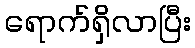
ရောက်ရှိလာပြီး